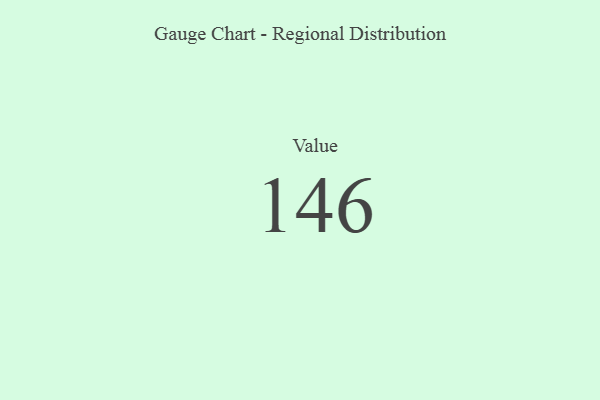
{"axis": {"x": "Metric", "y": "Value"}, "legend": [""], "data": [{"x": "Value", "y": 146, "type": ""}]}